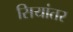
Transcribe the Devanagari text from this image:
सियांतर